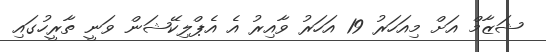
ޝަޒާމް އަށް މިއަހަރު 19 އަހަރު ވާއިރު އެ އެޕްލިކޭޝަން ވަނީ ތާރީހުގައި